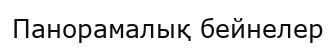
Панорамалық бейнелер